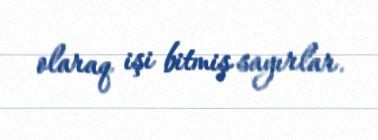
olaraq işi bitmiş sayırlar.